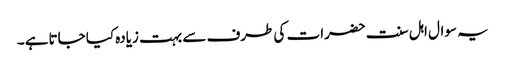
یہ سوال اہل سنت حضرات کی طرف سے بہت زیادہ کیا جاتاہے ۔